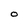
Character: O